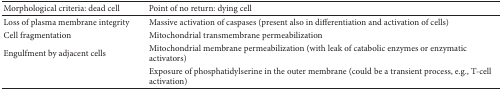
<table><thead><tr><td><b>Morphological criteria: dead cell</b></td><td><b>Point of no return: dying cell</b></td></tr></thead><tbody><tr><td>Loss of plasma membrane integrity </td><td>Massive activation of caspases (present also in differentiation and activation of cells)</td></tr><tr><td>Cell fragmentation</td><td>Mitochondrial transmembrane permeabilization </td></tr><tr><td>Engulfment by adjacent cells </td><td>Mitochondrial membrane permeabilization (with leak of catabolic enzymes or enzymatic activators)</td></tr><tr><td> </td><td>Exposure of phosphatidylserine in the outer membrane (could be a transient process, e.g., T-cell activation)</td></tr></tbody></table>